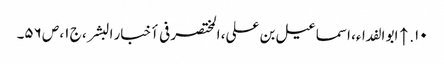
۱۰. ↑ ابو الفداء، اسماعیل بن علی، المختصر فی أخبار البشر، ج ۱، ص ۵۶۔